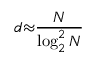
d { \approx } \frac { N } { \log _ { 2 } ^ { 2 } N }